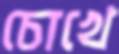
চোখে